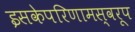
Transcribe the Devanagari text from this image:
इसकेपरिणामस्वरूप